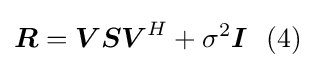
{\boldsymbol {R}}={\boldsymbol {V}}{\boldsymbol {S}}{\boldsymbol {V}}^{H}+\sigma ^{2}{\boldsymbol {I}}\ \ (4)